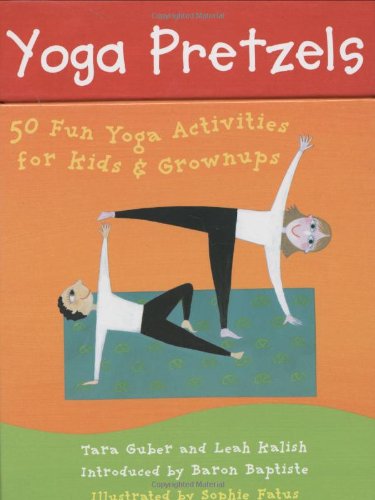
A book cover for Yoga Pretzels (Yoga Cards); Tara Guber; Health, Fitness & Dieting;